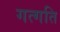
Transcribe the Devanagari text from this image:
गत्गति